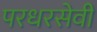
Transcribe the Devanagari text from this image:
परधरसेवी